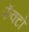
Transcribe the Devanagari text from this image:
फॅक्टो